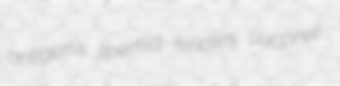
antigen's lipemia kindles uucpnet